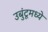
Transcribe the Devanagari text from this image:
उबुंटूमध्ये